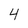
Character: 4